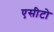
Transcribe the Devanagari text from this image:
एसीटो